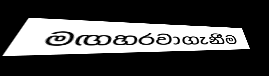
මඟහරවාගැනීම